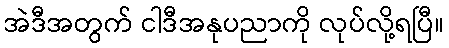
အဲဒီအတွက် ငါဒီအနုပညာကို လုပ်လို့ရပြီ။